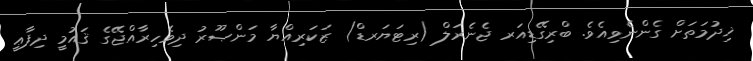
ޚިދުމަތަށް ގެންނެވިއެވެ. ބްރިގޭޑިއަރ ޖެނެރަލް (ރިޓަޔަރޑް) ޒަކަރިއްޔާ މަންޞޫރު ދިވެހިރާއްޖޭގެ ޤައުމީ ދިފާޢީ